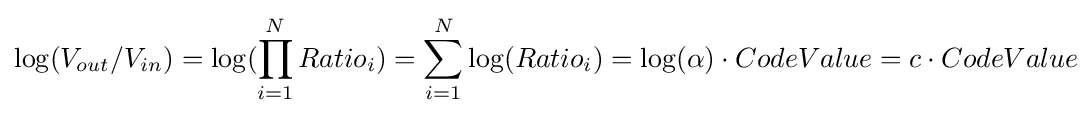
\log(V_{out}/V_{in})=\log(\prod _{i=1}^{N}Ratio_{i})=\sum _{i=1}^{N}\log(Ratio_{i})=\log(\alpha )\cdot CodeValue=c\cdot CodeValue